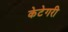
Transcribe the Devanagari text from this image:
केटेगरी